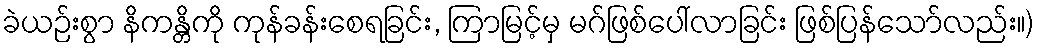
ခဲယဉ်းစွာ နိကန္တိကို ကုန်ခန်းစေရခြင်း, ကြာမြင့်မှ မဂ်ဖြစ်ပေါ်လာခြင်း ဖြစ်ပြန်သော်လည်း။)